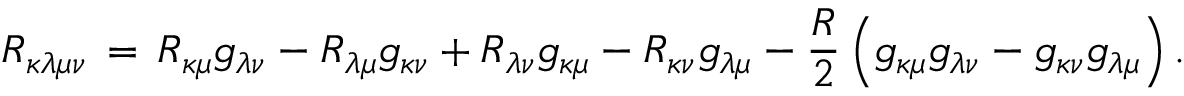
R _ { \kappa \lambda \mu \nu } \, = \, R _ { \kappa \mu } g _ { \lambda \nu } - R _ { \lambda \mu } g _ { \kappa \nu } + R _ { \lambda \nu } g _ { \kappa \mu } - R _ { \kappa \nu } g _ { \lambda \mu } - \frac { R } { 2 } \left( g _ { \kappa \mu } g _ { \lambda \nu } - g _ { \kappa \nu } g _ { \lambda \mu } \right) .